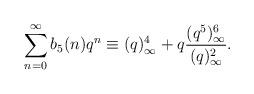
LaTeX: \begin{align*}\sum_{n=0}^\infty b_5(n)q^n \equiv (q)_\infty^4 + q \frac{(q^{5})_\infty^6}{(q)_\infty^2}.\end{align*}